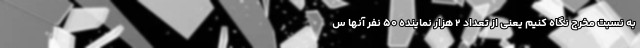
به نسبت مخرج نگاه کنیم یعنی از تعداد ۲ هزار نماینده ۵۰ نفر آنها س